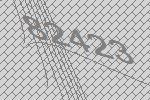
82423